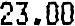
23.00